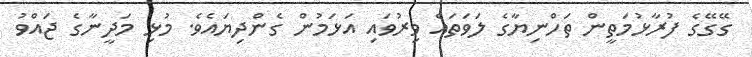
ގޭގޭގެ ފުރާޅުމަތީން ތަހްނިޔާގެ ލަވަތައް ވިރުވައި އަޅަމުން ގެންދިޔައެވެ. މުޅި މަދީނާގެ ޖައްވު